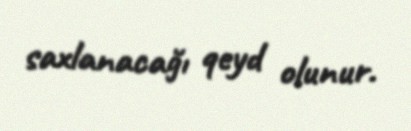
saxlanacağı qeyd olunur.